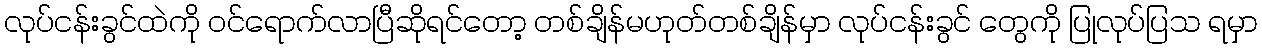
လုပ်ငန်းခွင်ထဲကို ဝင်ရောက်လာပြီဆိုရင်တော့ တစ်ချိန်မဟုတ်တစ်ချိန်မှာ လုပ်ငန်းခွင် တွေကို ပြုလုပ်ပြသ ရမှာ